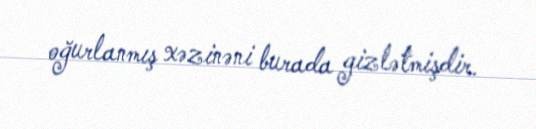
oğurlanmış xəzinəni burada gizlətmişdir.